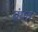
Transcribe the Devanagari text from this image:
बंवैत